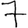
Digit: 7